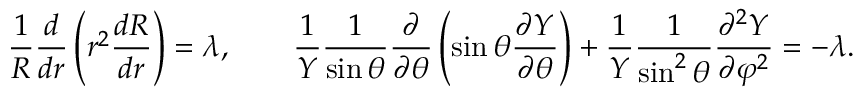
{ \frac { 1 } { R } } { \frac { d } { d r } } \left( r ^ { 2 } { \frac { d R } { d r } } \right) = \lambda , \qquad { \frac { 1 } { Y } } { \frac { 1 } { \sin \theta } } { \frac { \partial } { \partial \theta } } \left( \sin \theta { \frac { \partial Y } { \partial \theta } } \right) + { \frac { 1 } { Y } } { \frac { 1 } { \sin ^ { 2 } \theta } } { \frac { \partial ^ { 2 } Y } { \partial \varphi ^ { 2 } } } = - \lambda .